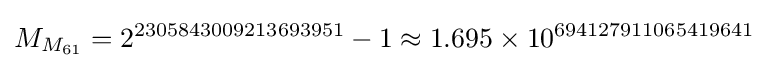
M_{M_{61}}=2^{2305843009213693951}-1\approx 1.695\times 10^{694127911065419641}